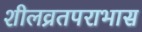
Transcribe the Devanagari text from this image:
शीलव्रतपराभास